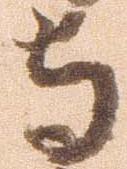
守